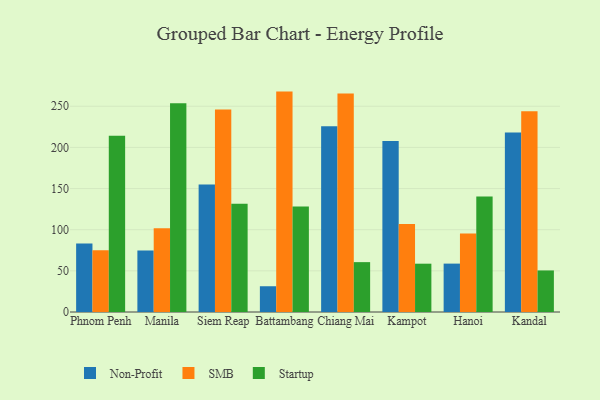
{"axis": {"x": "City", "y": "Waste Production (Tons)"}, "legend": ["Non-Profit", "SMB", "Startup"], "data": [{"x": "Phnom Penh", "y": 83.3, "type": "Non-Profit"}, {"x": "Phnom Penh", "y": 75.1, "type": "SMB"}, {"x": "Phnom Penh", "y": 214.1, "type": "Startup"}, {"x": "Manila", "y": 74.7, "type": "Non-Profit"}, {"x": "Manila", "y": 101.7, "type": "SMB"}, {"x": "Manila", "y": 253.5, "type": "Startup"}, {"x": "Siem Reap", "y": 154.8, "type": "Non-Profit"}, {"x": "Siem Reap", "y": 246.0, "type": "SMB"}, {"x": "Siem Reap", "y": 131.6, "type": "Startup"}, {"x": "Battambang", "y": 31.3, "type": "Non-Profit"}, {"x": "Battambang", "y": 267.8, "type": "SMB"}, {"x": "Battambang", "y": 128.3, "type": "Startup"}, {"x": "Chiang Mai", "y": 225.8, "type": "Non-Profit"}, {"x": "Chiang Mai", "y": 265.5, "type": "SMB"}, {"x": "Chiang Mai", "y": 60.6, "type": "Startup"}, {"x": "Kampot", "y": 207.7, "type": "Non-Profit"}, {"x": "Kampot", "y": 106.8, "type": "SMB"}, {"x": "Kampot", "y": 58.7, "type": "Startup"}, {"x": "Hanoi", "y": 58.8, "type": "Non-Profit"}, {"x": "Hanoi", "y": 95.3, "type": "SMB"}, {"x": "Hanoi", "y": 140.4, "type": "Startup"}, {"x": "Kandal", "y": 218.2, "type": "Non-Profit"}, {"x": "Kandal", "y": 243.8, "type": "SMB"}, {"x": "Kandal", "y": 50.5, "type": "Startup"}]}